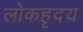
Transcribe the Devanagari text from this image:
लोकहृदय